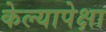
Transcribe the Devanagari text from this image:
केल्यापेक्षा